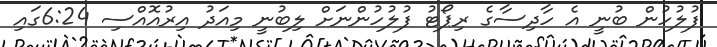
ފުލުހުން ބުނީ އެ ހާދިސާގެ ރިޕޯޓު ފުލުހުންނަށް ލިބުނީ މިއަދު އިރުއޮއްސި 6:24ގައި